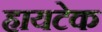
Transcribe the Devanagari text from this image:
हायटेक